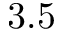
3 . 5